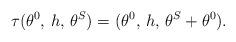
LaTeX: \begin{align*}\tau ( \theta^0, \, h, \, \theta^S) = ( \theta^0, \, h, \, \theta^S + \theta^0).\end{align*}